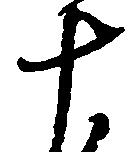
十